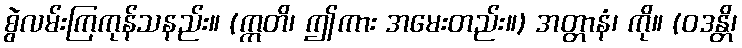
စွဲလမ်းကြကုန်သနည်း။ (ဣတိ၊ ဤကား အမေးတည်း။) အတ္တာနံ၊ ကို။ (ဝဒန္တိ၊